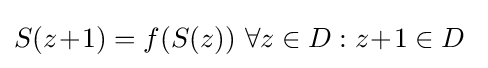
S(z\!+\!1)=f(S(z))~\forall z\in D:z\!+\!1\in D\